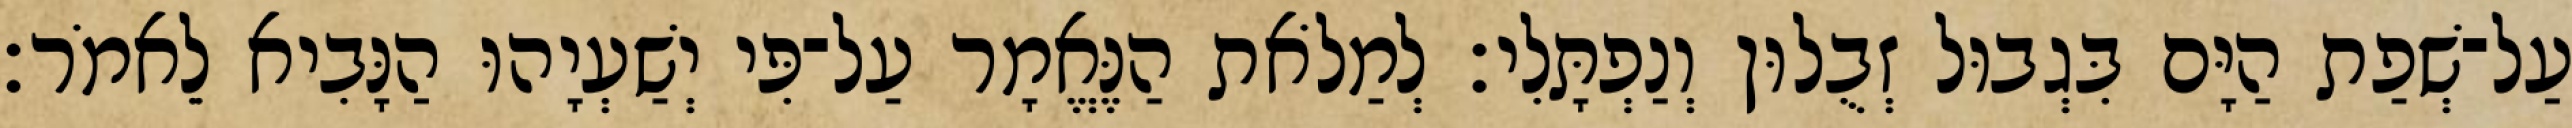
עַל־שְׁפַת הַיָּם בִּגְבוּל זְבֻלוּן וְנַפְתָּלִי׃ לְמַלֹאת הַנֶּאֱמָר עַל־פִּי יְשַׁעְיָהוּ הַנָּבִיא לֵאמֹר׃